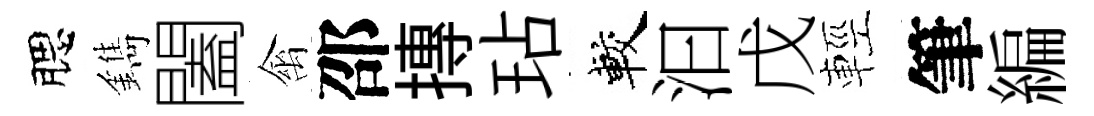
腮鐫闔禽邵摶玷較汩戊輕筆編